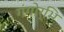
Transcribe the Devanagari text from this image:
गंगोर्भि